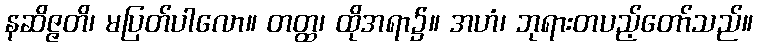
နဆိဇ္ဇတိ၊ မပြတ်ပါလော။ တတ္ထ၊ ထိုအရာ၌။ အဟံ၊ ဘုရားတပည့်တော်သည်။